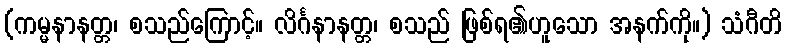
(ကမ္မနာနတ္တ၊ စသည်ကြောင့်။ လိင်္ဂနာနတ္တ၊ စသည် ဖြစ်ရ၏ဟူသော အနက်ကို။) သံဂီတိ